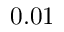
0 . 0 1